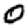
Digit: 0